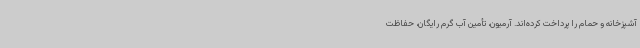
آشپزخانه و حمام را پرداخت کرده‌اند. آرمیون، تأمین آب گرم رایگان، حفاظت